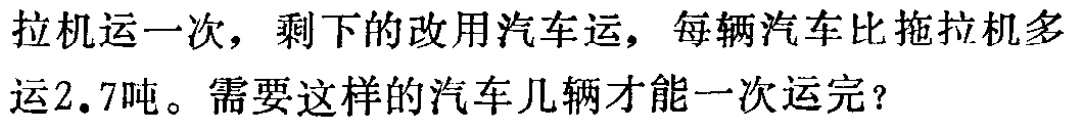
拖拉机运一次，剩下的改用汽车运，每辆汽车比拖拉机多运2.7吨。需要这样的汽车几辆才能一次运完？